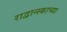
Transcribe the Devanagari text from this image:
राद्वान्स्काच्या